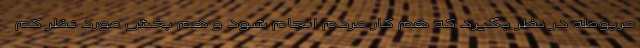
مربوطه در نظر بگیرد که هم کار مردم انجام شود و هم بخش مورد نظر کم